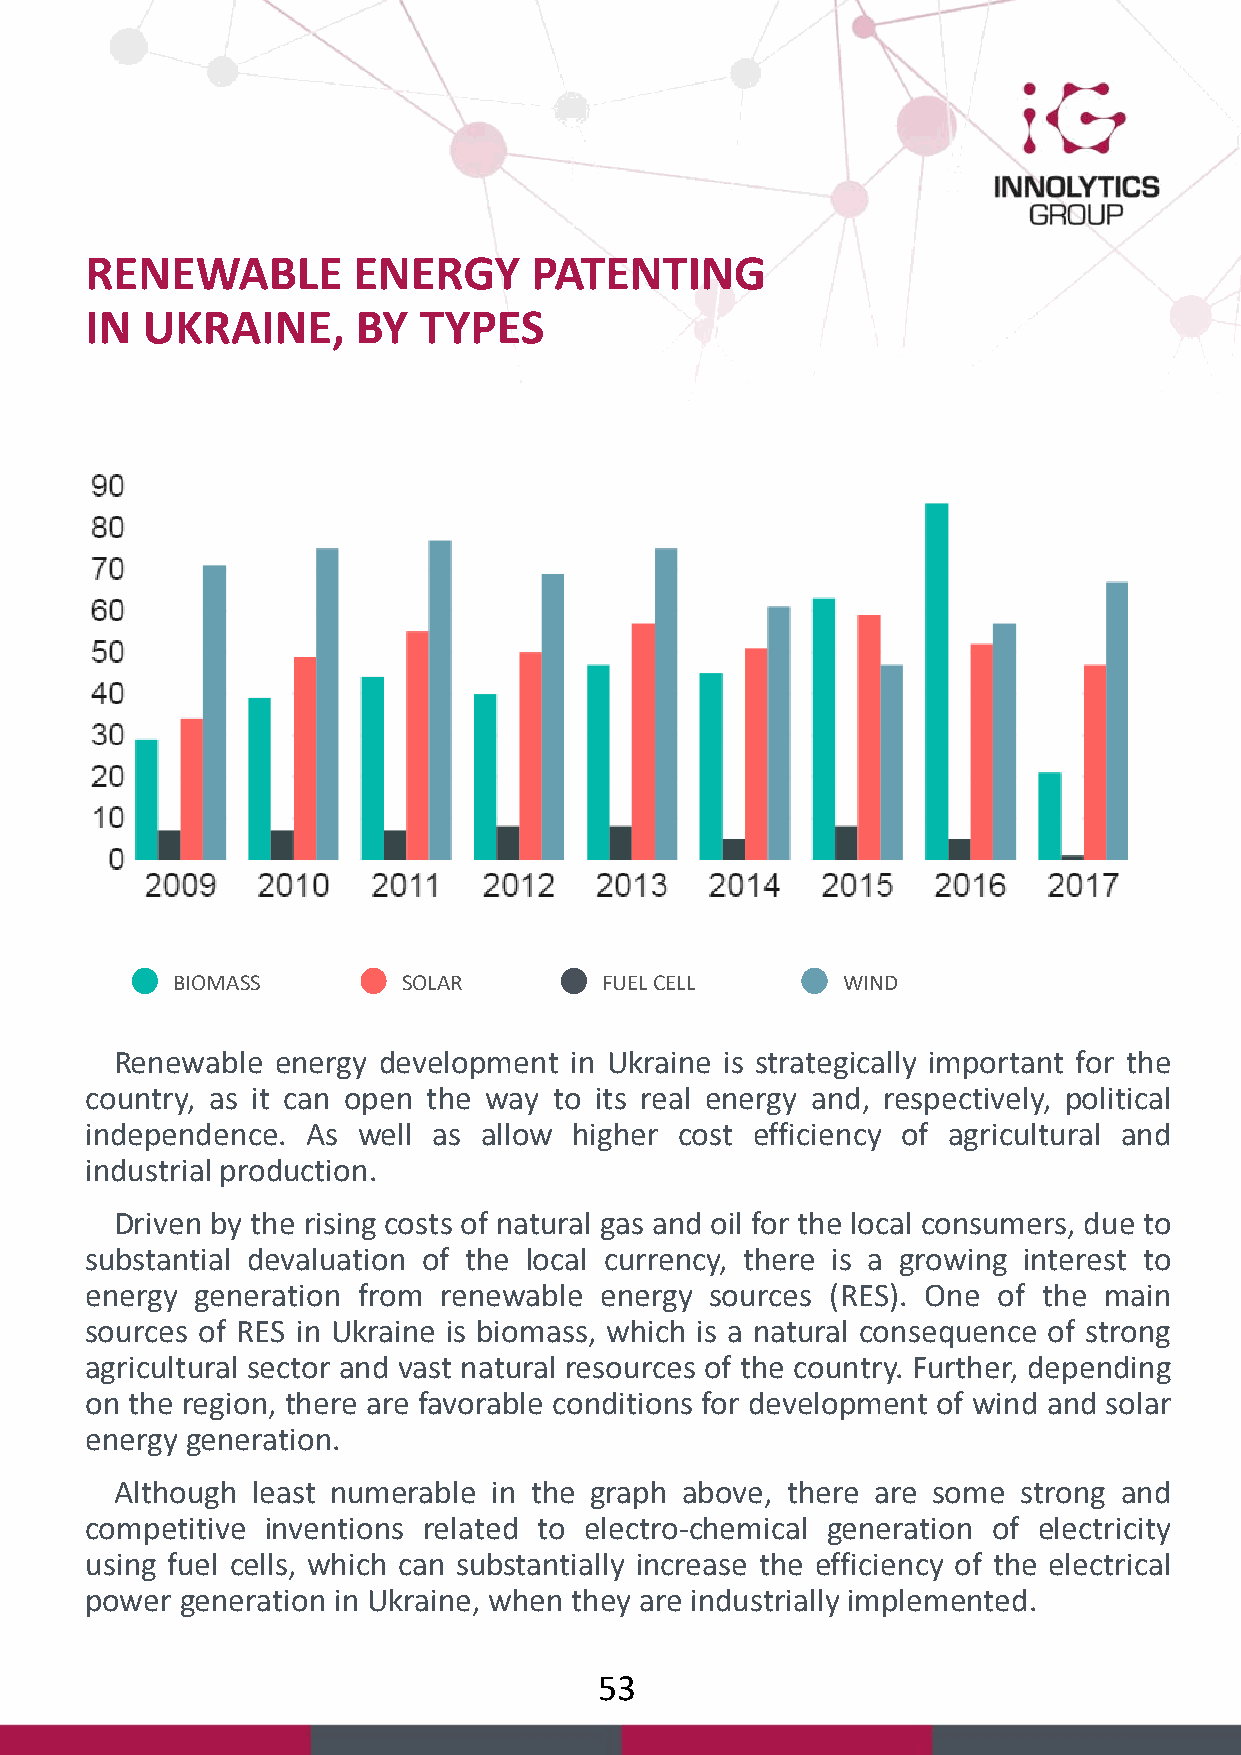
RENEWABLE        ENERGY      PATENTING
 IN UKRAINE,       BY  TYPES
 BIOMASS         SOLAR        FUEL CELL       WIND
 Renewable energy development  in Ukraine is strategically important for the
 country, as it can open the way to its real energy and, respectively, political
 independence. As  well as allow higher cost efficiency of agricultural and
 industrial production.
 Driven by the rising costs of natural gas and oil for the local consumers, due to
 substantial devaluation of the local currency, there is a growing interest to
 energy generation from renewable  energy sources (RES). One of the main
 sources of RES in Ukraine is biomass, which is a natural consequence of strong
 agricultural sector and vast natural resources of the country. Further, depending
 on the region, there are favorable conditions for development of wind and solar
 energy generation.
 Although least numerable in the graph above, there are some strong and
 competitive inventions related to electro-chemical generation of electricity
 using fuel cells, which can substantially increase the efficiency of the electrical
 power generation in Ukraine, when they are industrially implemented.
 53